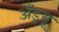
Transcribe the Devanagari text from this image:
अॅँड्र्यू